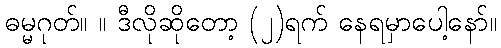
ဓမ္မဂုတ်။ ။ ဒီလိုဆိုတော့ (၂)ရက် နေရမှာပေါ့နော်။